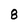
Character: 8